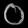
Digit: ၀